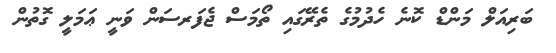
ބަރިއަލް މަންޑް ކޮނެ ހެދުމުގެ ތެރޭގައި ތޯމަސް ޖެފަރސަން ވަނީ ޢަމަލީ ގޮތުން